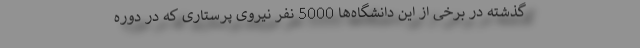
گذشته در برخی از این دانشگاه‌ها 5000 نفر نیروی پرستاری که در دوره